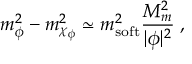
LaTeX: m _ { \phi } ^ { 2 } - m _ { \chi _ { \phi } } ^ { 2 } \simeq m _ { \mathrm { s o f t } } ^ { 2 } \frac { M _ { m } ^ { 2 } } { | \phi | ^ { 2 } } \; ,